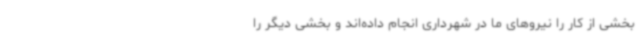
بخشی از کار را نیروهای ما در شهرداری انجام داده‌اند و بخشی دیگر را